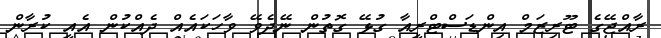
ރާއްޖޭގެ ޓޫރިޒަމް އިންޑަސްޓްރީއާ ގުޅޭ ގޮތުން ނޭދެވޭ ވާހަކައެއް ދެއްކުން އެއީ ކުރާން